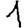
Digit: 1